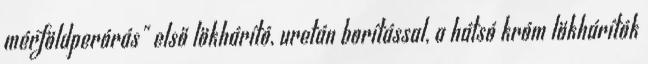
mérföldperórás" első lökhárító, uretán borítással, a hátsó króm lökhárítók